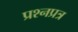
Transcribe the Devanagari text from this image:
प्रश्नप्रत्र